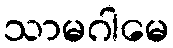
သာမဂါမေ